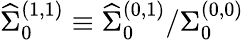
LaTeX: {\widehat\Sigma}_{0}^{(1,1)}\equiv{{\widehat\Sigma}_{0}^{(0,1)}}/{{\Sigma}_{0}^{(0,0)}}